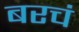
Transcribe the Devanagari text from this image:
बरचं